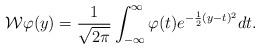
LaTeX: \begin{align*}\mathcal W\varphi(y)=\frac{1}{\sqrt{2\pi}}\int_{-\infty}^{\infty}\varphi(t)e^{-\frac{1}{2}(y-t)^2}dt.\end{align*}